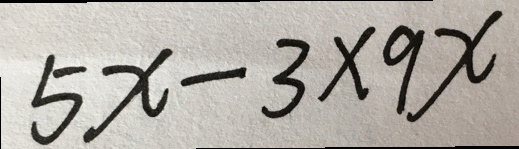
5 x - 3 \times 9 x